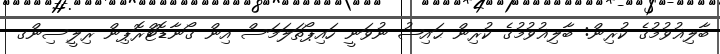
ބާލިޣުވުމުގެ ކުރިން: ބާލިޣުވުމުގެ ކުރިން ޙައިޟު ނުވަނީ ހައިޕޯތަލަމަސް އިން ގޯނާޑޮޓްރޮޕިން ރިލީސިންގ